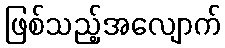
ဖြစ်သည့်အလျောက်